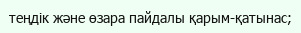
теңдік және өзара пайдалы қарым-қатынас;